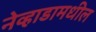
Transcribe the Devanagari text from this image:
नेव्हाडामधील